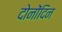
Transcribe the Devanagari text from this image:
दोनोंदिन